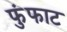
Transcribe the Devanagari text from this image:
फुंफाट